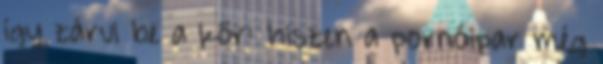
így zárul be a kör: hiszen a pornóipar még